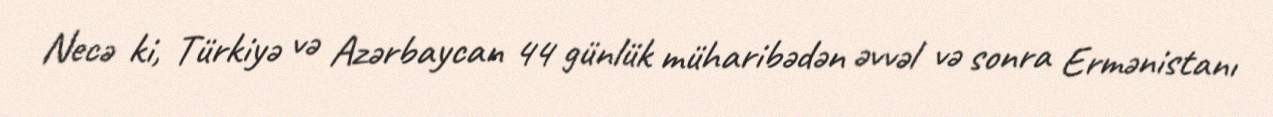
Necə ki, Türkiyə və Azərbaycan 44 günlük müharibədən əvvəl və sonra Ermənistanı